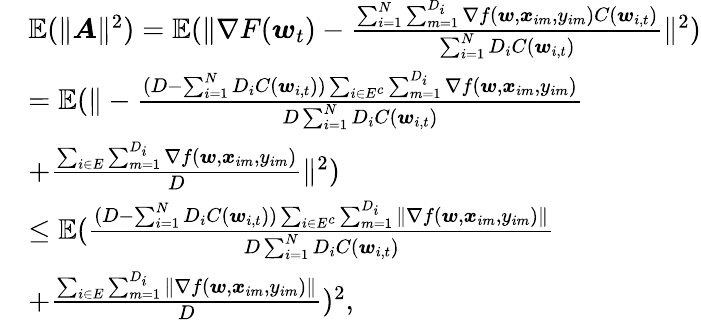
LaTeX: \begin{array}{rl}&{\mathbb{E}(\| \boldsymbol{A}\| ^{2})=\mathbb{E}(\| \nabla F(\boldsymbol{w}_{t})-\frac{\sum_{i=1}^{N}\sum_{m=1}^{D_{i}}\nabla f(\boldsymbol{w},\boldsymbol{x}_{im},y_{im})C(\boldsymbol{w}_{i,t})}{\sum_{i=1}^{N}D_{i}C(\boldsymbol{w}_{i,t})}\| ^{2})}\\ &{=\mathbb{E}(\| -\frac{(D-\sum_{i=1}^{N}D_{i}C(\boldsymbol{w}_{i,t}))\sum_{i\in E^{c}}\sum_{m=1}^{D_{i}}\nabla f(\boldsymbol{w},\boldsymbol{x}_{im},y_{im})}{D\sum_{i=1}^{N}D_{i}C(\boldsymbol{w}_{i,t})}}\\ &{+\frac{\sum_{i\in E}\sum_{m=1}^{D_{i}}\nabla f(\boldsymbol{w},\boldsymbol{x}_{im},y_{im})}{D}\| ^{2})}\\ &{\le\mathbb{E}(\frac{(D-\sum_{i=1}^{N}D_{i}C(\boldsymbol{w}_{i,t}))\sum_{i\in E^{c}}\sum_{m=1}^{D_{i}}\| \nabla f(\boldsymbol{w},\boldsymbol{x}_{im},y_{im})\| }{D\sum_{i=1}^{N}D_{i}C(\boldsymbol{w}_{i,t})}}\\ &{+\frac{\sum_{i\in E}\sum_{m=1}^{D_{i}}\| \nabla f(\boldsymbol{w},\boldsymbol{x}_{im},y_{im})\| }{D})^{2},}\end{array}